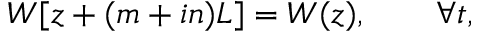
W [ z + ( m + i n ) L ] = W ( z ) , \qquad \forall t ,